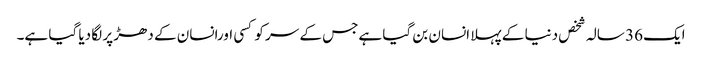
ایک 36 سالہ شخص دنیا کے پہلا انسان بن گیا ہےجس کے سر کو کسی اورانسان کے دھڑ پر لگا دیا گیا ہے۔